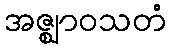
အဇ္ဈာဝသတံ